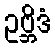
ဥဗ္ဘိဒံ